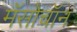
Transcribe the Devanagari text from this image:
मॅसोचॉन